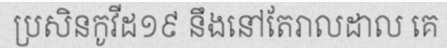
ប្រសិនកូវីដ១៩ នឹងនៅតែរាលដាល គេ